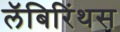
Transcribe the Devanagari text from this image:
लॅबिरिंथस